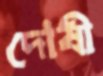
দোষী